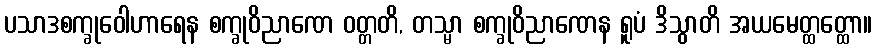
ပသာဒစက္ခုဝေါဟာရေန စက္ခုဝိညာဏေ ဝတ္တတိ, တသ္မာ စက္ခုဝိညာဏေန ရူပံ ဒိသွာတိ အယမေတ္ထတ္ထော။